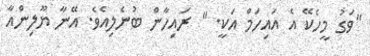
"ވަގު މީހެކޭ އެ އައިހަމް އަކީ. " ރައިހާން ބުނެލިއެވެ. އޭނާ ޔޫލިންއާ